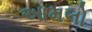
આમલો